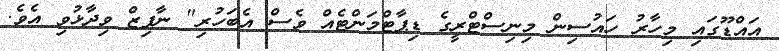
އައްޑޫގައި މިހާރު ހައުސިން މިނިސްޓްރީގެ ޑިޕާޓްމަންޓެއް ވެސް އެބަހުރި" ނާފިޒް ވިދާޅުވި އެވެ.